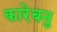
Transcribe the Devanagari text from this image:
कारेबनु